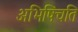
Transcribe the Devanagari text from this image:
अभिषिंचति